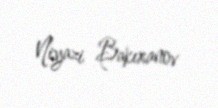
Niyazi Bakıxanov